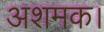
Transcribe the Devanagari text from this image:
अशमक।